Scottish Leaving Certificate Examination, 1959
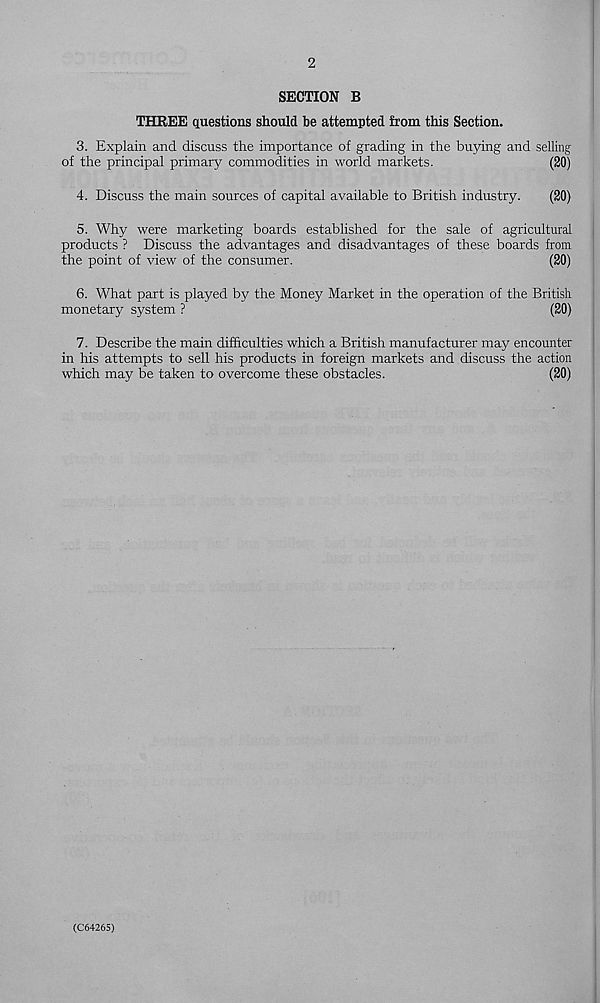
2
SECTION B
THREE questions should be attempted from this Section.
3. Explain and discuss the importance of grading in the buying and selling
of the principal primary commodities in world markets.
(20)
4. Discuss the main sources of capital available to British industry.
(20)
5. Why were marketing boards established for the sale of agricultural
products ? Discuss the advantages and disadvantages of these boards from
the point of view of the consumer.
(20)
6. What part is played by the Money Market in the operation of the British
monetary system ?
(20)
7. Describe the main difficulties which a British manufacturer may encounter
in his attempts to sell his products in foreign markets and discuss the action
which may be taken to overcome these obstacles.
(20)
(C6426S)